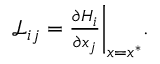
\begin{array} { r } { { \mathcal { L } } _ { i j } = \frac { \partial H _ { i } } { \partial { x _ { j } } } \bigg \vert _ { x = { x } ^ { * } } . } \end{array}